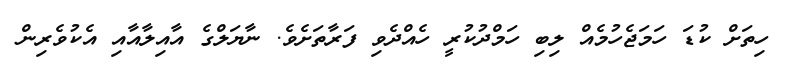
ހިތަށް ކުޑަ ހަމަޖެހުމެއް ލިބި ހަމްދުކުރީ ހެއްދެވި ފަރާތަށެވެ. ނާޔަލްގެ އާއިލާއާއި އެކުވެރިން